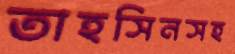
তাহসিনসহ